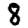
Digit: 8